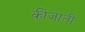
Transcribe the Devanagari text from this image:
कीजाती